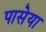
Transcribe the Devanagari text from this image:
पासेया